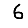
Digit: 6